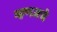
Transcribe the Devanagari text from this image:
म्हणजचे